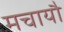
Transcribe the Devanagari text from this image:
मचायौ